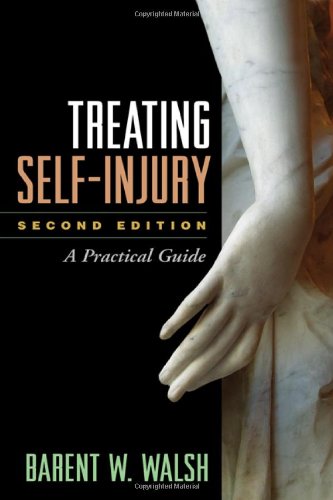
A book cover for Treating Self-Injury, Second Edition: A Practical Guide; Barent W. Walsh PhD; Medical Books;